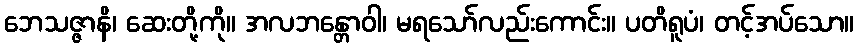
ဘေသဇ္ဇာနိ၊ ဆေးတို့ကို။ အလဘန္တောဝါ၊ မရသော်လည်းကောင်း။ ပတိရူပံ၊ တင့်အပ်သော။